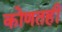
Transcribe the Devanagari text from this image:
कोणतही